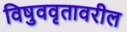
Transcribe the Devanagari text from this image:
विषुववृतावरील